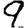
Digit: 9